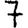
Digit: 7